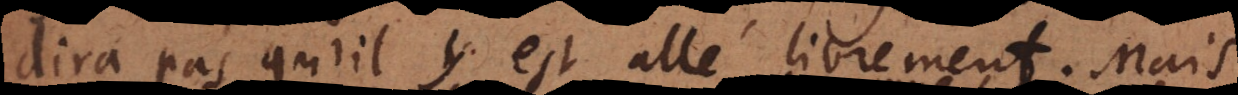
dira pas qu’il y est allé librement. Mais